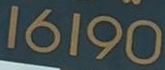
16190